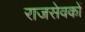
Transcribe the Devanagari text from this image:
राजसेवकों